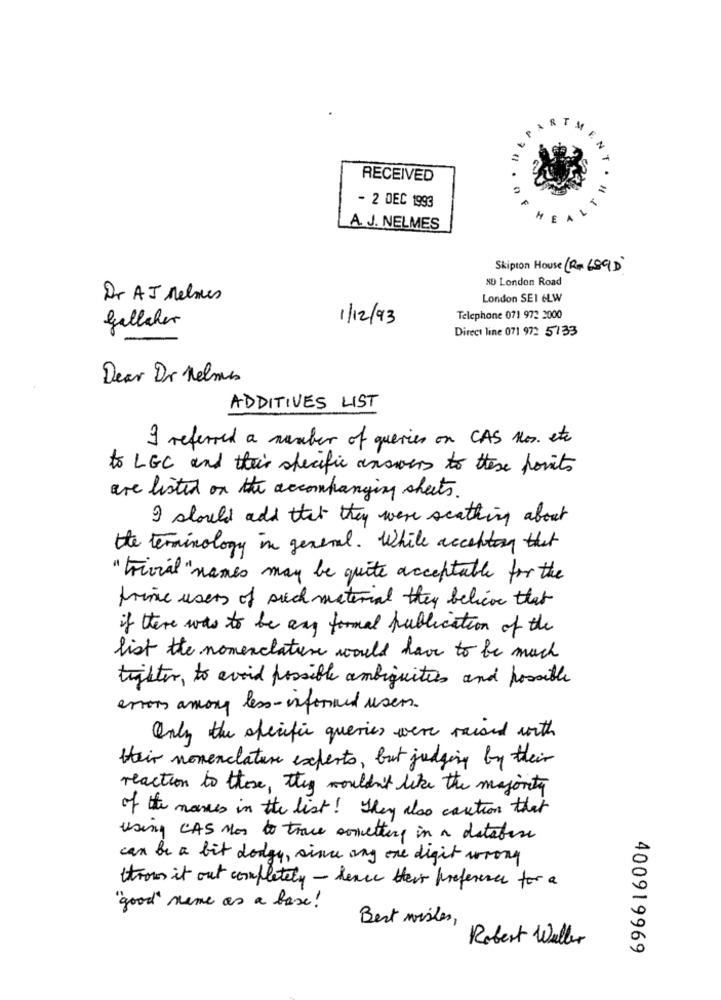
T
1
RECEIVED
- 2 DEC 1993
A. J. NELMES
Skipton House (Rm 689D
NU London Road
Dr AJ relmes
London SEI 6LW
gallaher
1/12/93
Telephone 071 972 2000
Direct line 071 972 5133
Dear Dr Helmes
ADDITIVES LIST
I referred a number of queries on CAS Nos. etc
to LGC and this specific answers to these porits
are listed on the accompanying sheets.
I should add that they were scathing about
the terminology in general . While acceptory that
" trivial" names may be quite acceptable for the
prince users of such material they believe that
if there was to be any formal publication of the
list the nomenclature would have to be much
tighter, to avoid possible ambiguities and possible
errors among less-informed users.
Only the specific queries were raised with
Heir nomenclature experts, but judging by their
reaction to those, they wouldn't like the majority
of the names in the list ! They also caution that
using CAS Nos to trace something in a database
can be a bit dodgy, since any one digit wrong
throw it out completely - dence their preference for a
"good " name as a base !
Best wishes,
Robert Waller
400919969